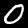
Label: 0